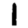
Digit: 1